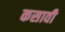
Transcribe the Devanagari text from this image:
कसावी